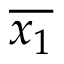
\overline { { x _ { 1 } } }